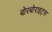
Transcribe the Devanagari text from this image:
बोरबोराइट्स